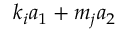
k _ { i } a _ { 1 } + m _ { j } a _ { 2 }